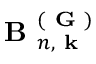
\textbf { B } _ { n , \textbf { k } } ^ { ( \textbf { G } ) }